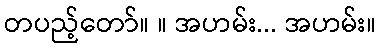
တပည့်တော်။ ။ အဟမ်း... အဟမ်း။